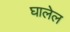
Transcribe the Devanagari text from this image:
घालेल